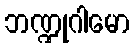
ဘဏ္ဍုဂါမော